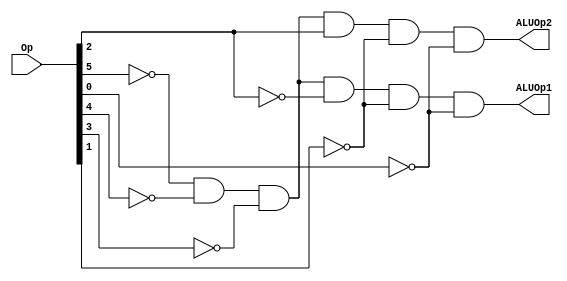
module ALUOp_generate(ALUOp1,ALUOp2,Op); 
input [5:0] Op; 
output ALUOp1,ALUOp2; 
//reg ALUOp1,ALUOp2; 
wire Rformat,beq;  
assign Rformat= (~Op[5])& (~Op[4])& (~Op[3])& (~Op[2])& (~Op[1])& (~Op[0]);
assign beq = (~Op[5])& (~Op[4])& (~Op[3])& (Op[2])& (~Op[1])& (~Op[0]);
assign ALUOp1 = Rformat;
assign ALUOp2 = beq;
endmodule

module aluControlLogic(Func, ALUOp,Operation);
output [2:0] Operation;
input [5:0] Func;
input [1:0] ALUOp;
wire f1,f3;
wire negAlu,negOp;
assign f1 = Func[0] | Func[3];
assign Operation[0] = f1 & ALUOp[1];
assign f3 = Func[1] & ALUOp[1];
assign negAlu = ~ALUOp[1];
assign negOp = ~Func[2];
assign Operation[1] = negAlu | negOp;
assign Operation[2] = f3 | ALUOp[0];
endmodule

module tb;
wire [1:0] ALUOp; 
reg [5:0] Op;
wire [2:0] Operation;
reg [5:0] Func;

ALUOp_generate ag(ALUOp[0],ALUOp[1],Op);
aluControlLogic al(Func, ALUOp,Operation);

initial
$monitor(,$time,"ALUOp1=%b ALUOp0=%b Func=%b Operation=%b",ALUOp[1],ALUOp[0],Func,Operation);

initial
begin 
Op = 6'b111111; Func = 6'b000100;
#100 Op = 6'b111111;Func = 6'b001010;

#200 Op = 6'b000000;Func = 6'b000101;
#300 Op = 6'b000000;Func = 6'b000100;

#400 Op = 6'b000100;Func = 6'b000000;
#500 Op = 6'b000100;Func = 6'b000010;
#600 Op = 6'b000100;Func = 6'b000100;
#700 Op = 6'b000100;Func = 6'b000101;
#800 Op = 6'b000100;Func = 6'b001010;
#900 $finish;
end 
endmodule